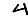
Digit: 4